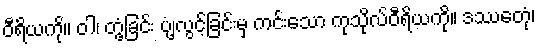
ဝီရိယကို။ ဝါ၊ တွံ့ခြင်း ပျံ့လွင့်ခြင်းမှ ကင်းသော ကုသိုလ်ဝီရိယကို။ ဒဿေတုံ၊